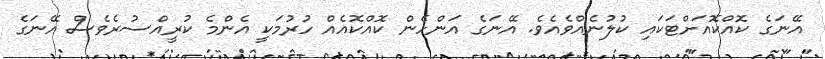
އޭނަގެ ކޮއްކޮއަށްޓަކައި ކުލުނެއްވެއެވެ. އޭނަގެ އަންހެން ކޮއްކޮއެއް ހުރުމަކީ އެންމެ ކުރީއްސުރެވެސް އޭނަގެ